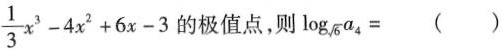
\frac { 1 } { 3 } x ^ { 3 } - 4 x ^ { 2 } + 6 x -3$$的极值点，则$$l o g _ { \sqrt{6} } { a _ { 4 } } = ()$$